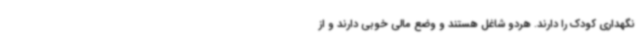
نگهداری کودک را دارند. هردو شاغل هستند و وضع مالی خوبی دارند و از